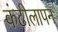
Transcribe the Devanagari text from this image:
कंटीलापन